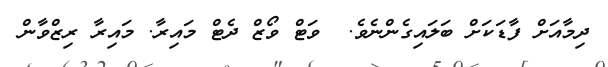
ދިމާއަށް ފާޑަކަށް ބަލައިގެންނެވެ.  ވަޓް ވޯޒް ދެޓް މައިރާ. މައިރާ ރިޒްވާން